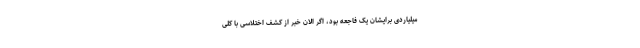
میلیاردی برایشان یک فاجعه بود، اگر الان خبر از کشف اختلاسی با کلی